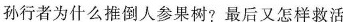
孙行者为什么推倒人参果树?最后又怎样救活